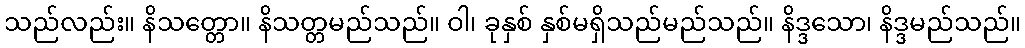
သည်လည်း။ နိသတ္တော။ နိသတ္တမည်သည်။ ဝါ၊ ခုနှစ် နှစ်မရှိသည်မည်သည်။ နိဒ္ဒသော၊ နိဒ္ဒမည်သည်။